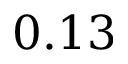
0 . 1 3